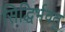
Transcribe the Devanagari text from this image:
सिद्धिर्भवतु